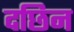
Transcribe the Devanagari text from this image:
दछिन